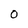
Character: 0